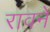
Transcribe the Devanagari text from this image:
रावने